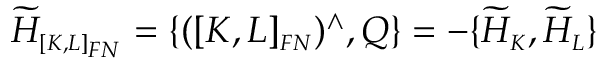
\widetilde { \cal H } _ { \scriptscriptstyle [ K , L ] _ { F N } } = \{ ( [ K , L ] _ { \scriptscriptstyle F N } ) ^ { \wedge } , Q \} = - \{ \widetilde { \cal H } _ { \scriptscriptstyle K } , \widetilde { \cal H } _ { \scriptscriptstyle L } \}